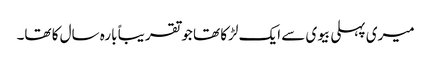
میری پہلی بیوی سے ایک لڑکا تھا جو تقریباً بارہ سال کا تھا۔